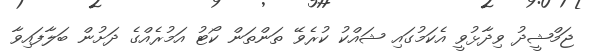
ޖަމްޝީދު ވިދާޅުވީ އެކަމުގައި ޝައްކު ކުރެވޭ ތަންތަން ކޯޓު އަމުރެއްގެ ދަށުން ބަލާފައިވާ